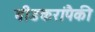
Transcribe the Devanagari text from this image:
बीडकरांपैकी